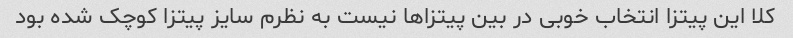
کلا این پیتزا انتخاب خوبی در بین پیتزاها نیست به نظرم سایز پیتزا کوچک شده بود